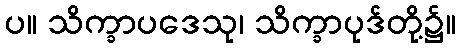
ပ။ သိက္ခာပဒေသု၊ သိက္ခာပုဒ်တို့၌။